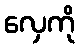
လှေကို